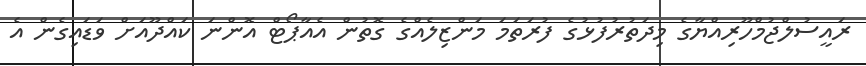
ރައީސުލްޖުމްހޫރިއްޔާގެ މިދަތުރުފުޅުގެ ފުރަތަމަ މަންޒިލެއްގެ ގޮތުން އެއާޕޯޓް އޮންނަ ކައްދޫއަށް ވަޑައިގެން އެ